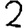
Digit: 2